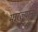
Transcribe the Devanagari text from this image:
मारल्यानं